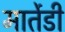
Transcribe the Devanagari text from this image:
मार्तेडी